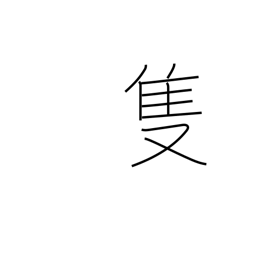
Meaning: one of a pair